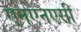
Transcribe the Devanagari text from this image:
एनएनएसी